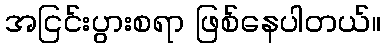
အငြင်းပွားစရာ ဖြစ်နေပါတယ်။